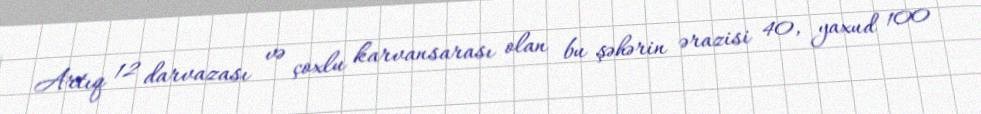
Artıq 12 darvazası və çoxlu karvansarası olan bu şəhərin ərazisi 40, yaxud 100